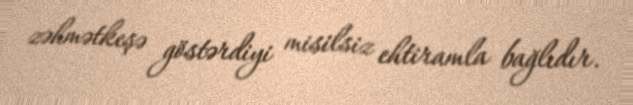
zəhmətkeşə göstərdiyi misilsiz ehtiramla bağlıdır.